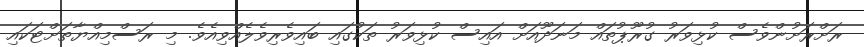
ރަށްރަށުންވެސް ކުޅިވަރު ގުރޫޕުތައް މަނަދޫއަށް އައިސް ކުޅިވަރު ތަކުގައި ބައިވެރިވެލެއްވިއެވެ. މި ރަސްމިއްޔާތަށްޓަކައި